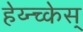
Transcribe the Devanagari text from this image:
हेय्न्च्केस्